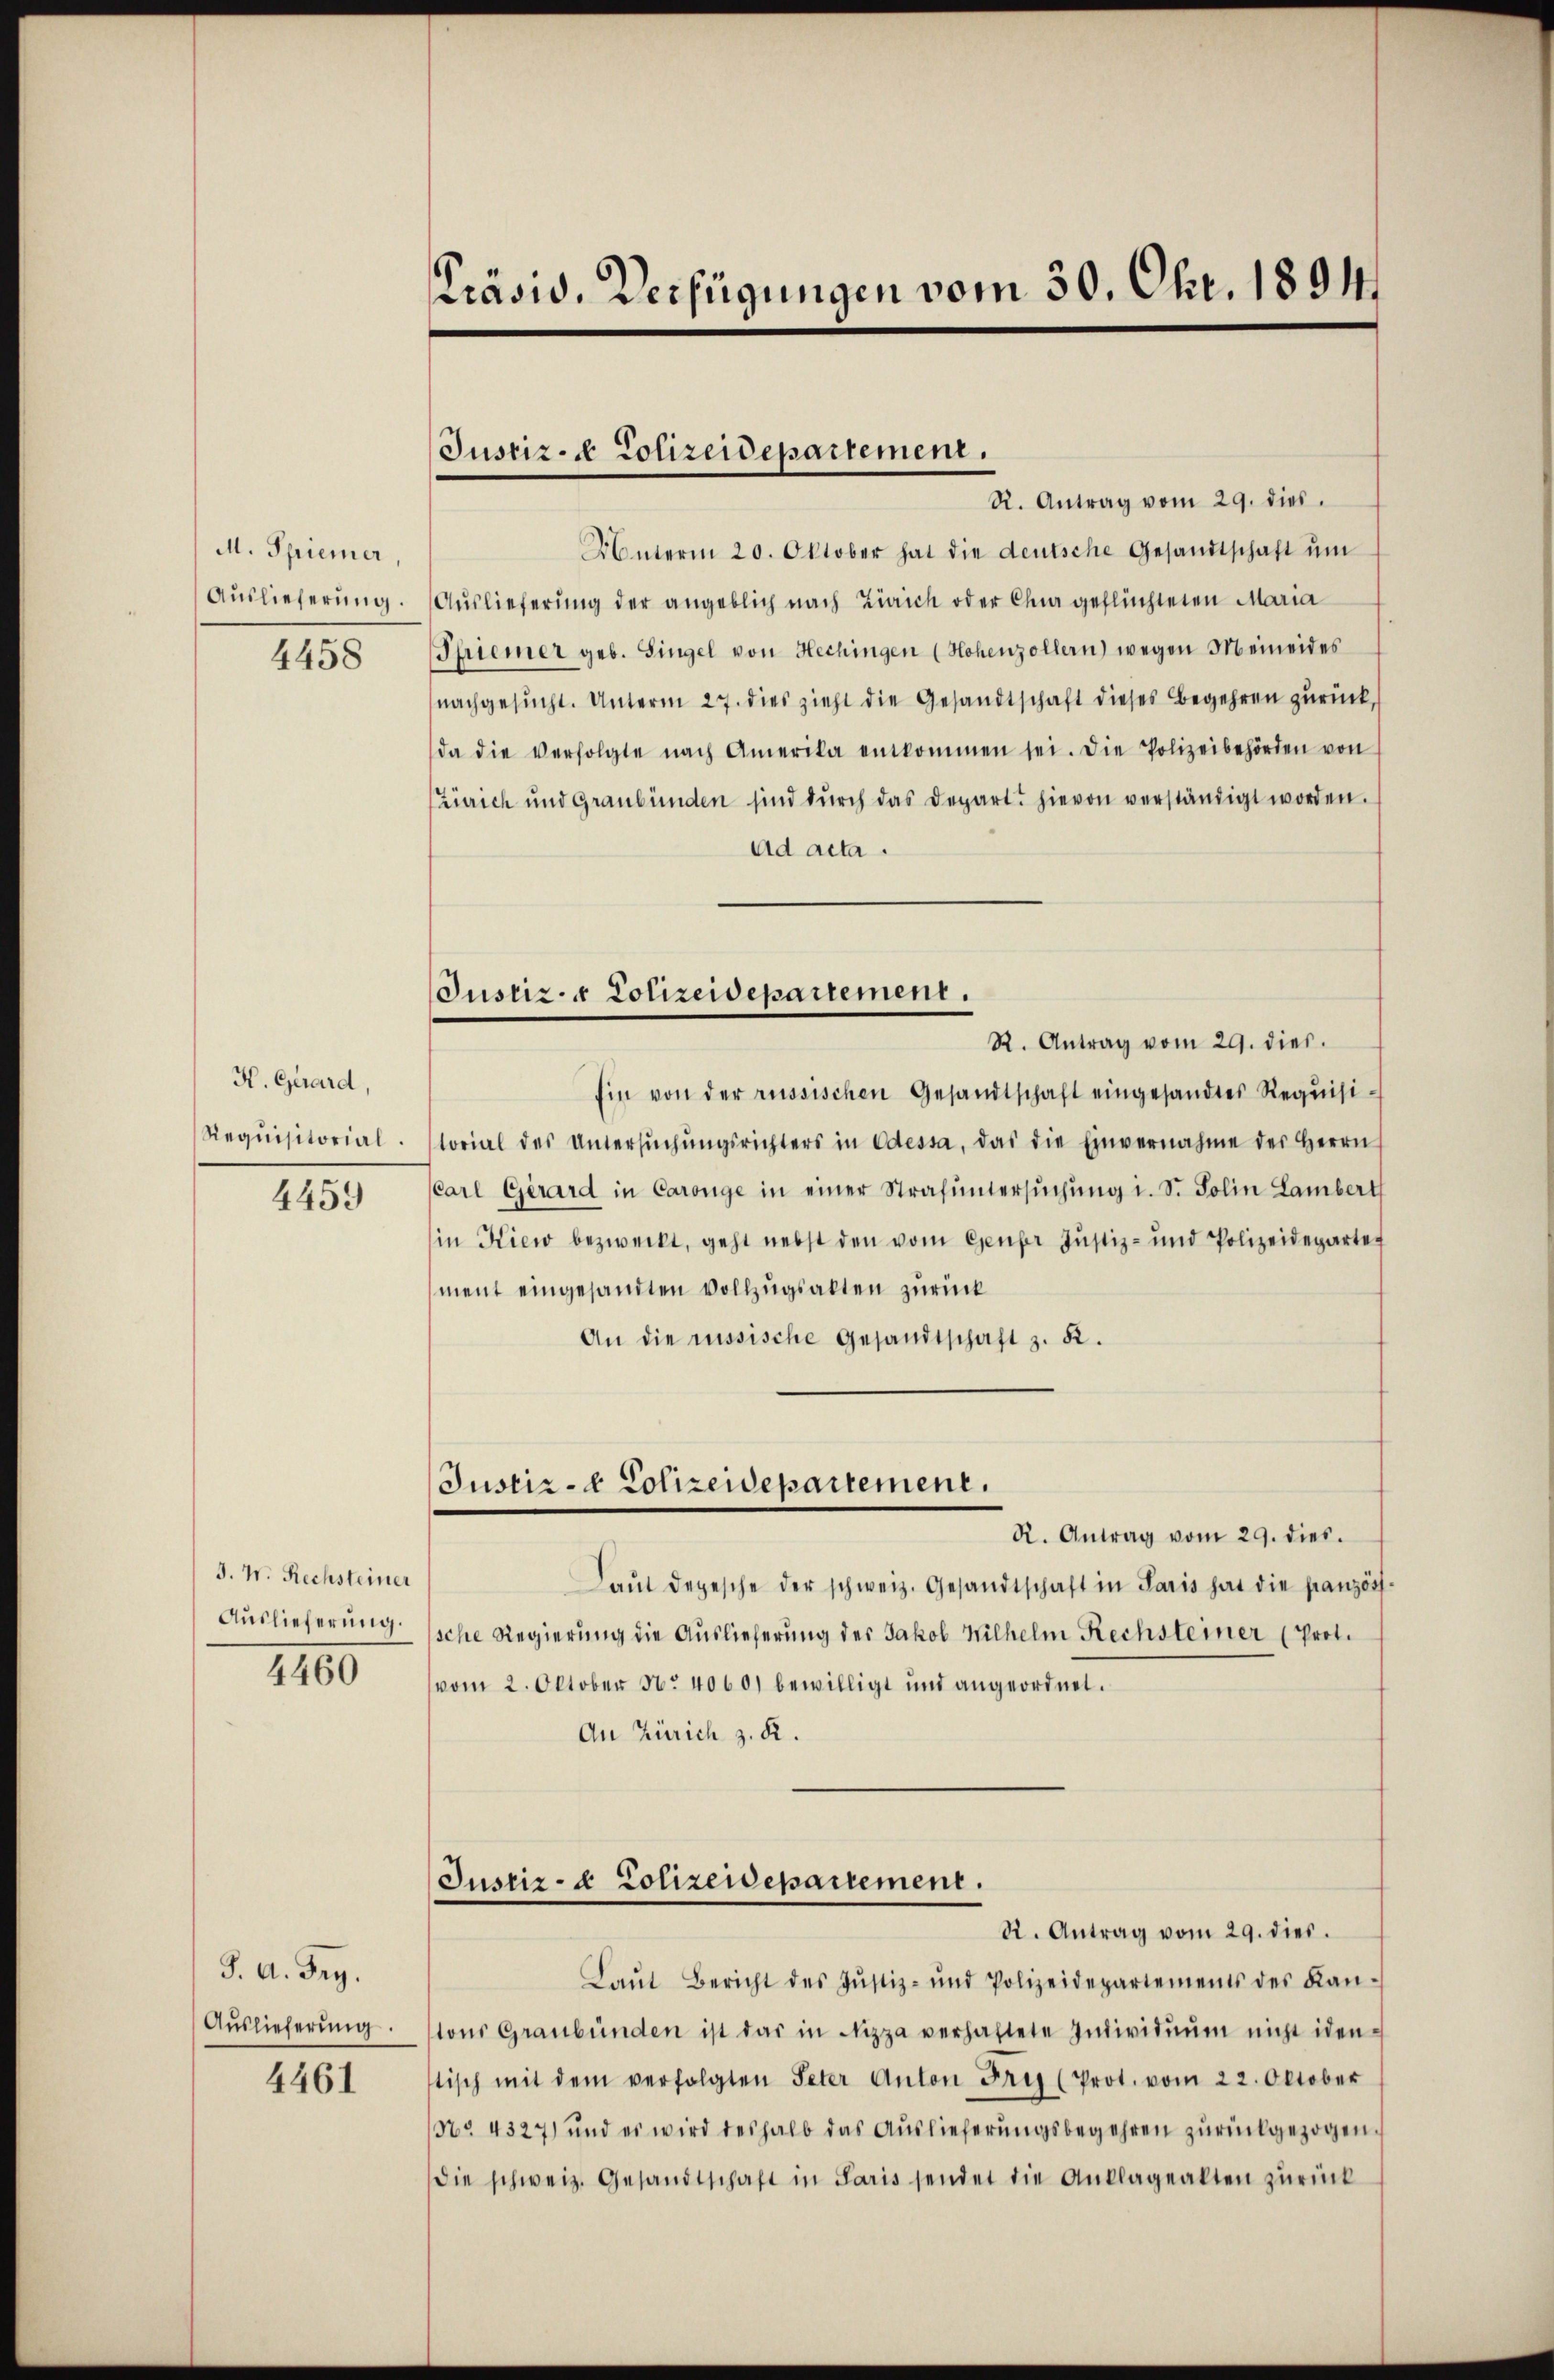
M. Spiemer,
Auslieferung.
4458

K. Girard,
Requisitorial.
4459

J. W. Rechsteiner
Auslieferung.

4460

J. A. Bey.
Auslieferung.

4461

Präsid. Verfügungen vom 30. Okt. 1894.

Justiz- & Polizeidepartement.

Justiz- & Polizeidepartement.

R. Antrag vom 29. dies
Unterm 20. Oktober hat die deutsche Gesandtschaft ŭm
Auslieferung der angeblich nach Zürich oder Chur geflüchteten Maria
Phriemer geb. Singel von Hechingen (Hohenzollern) wegen Meineides
nachgesŭcht. Unterm 27. dies zieht die Gesandtschaft dieses Begehren zurück,
da die verfolgte nach Amerika entkommen sei. Die Polizeibehörden von
Zürich und Graubünden sind dŭrch das Depart hievon verständigt worden.
ad acta.
R. Antrag vom 29. dies.
Ein von der russischen Gesandtschaft eingesandtes Requisilorial des Untersŭchŭngsrichters in Odessa, das die Einvernahme des Herrn
Carl Girard in Caronge in einer Strafuntersŭchŭng i. S. Solin Lambert
in Kiew bezweckt, geht nebst den vom Genfer Justiz- und Polizeidepartet
ment eingesandten Vollzugsalten zurück
An die russische Gesandtschaft z. B.
Justiz- & Polizeidepartement.
R. Antrag vom 29. dies.
Laŭt depesche der schweiz. Gesandtschaft in Paris hat die französ
sche Regierung die Auslieferung des Jakob Wilhelm Rechsteiner (Prot.
vom 2. Oktober N. 4060. bewilligt und angeordnet.
An Zürich z. R.

Justiz- & Polizeidepartement.

Kt. Antrag vom 29. dies.
Laŭt Bericht des Justiz- und Polizeidepartements des Kan-
tons Graubünden ist das in Nizza verhaftete Individuum nicht iden
stisch mit dem verfolgten Peter Anton Fris (Prot. vom 22. Oktober
No 4327) und es wird deshalb das Auslieferungsbegehren zurückgezogen.
die schweiz. Gesandtschaft in Paris sendet die Anklageakten zŭrück